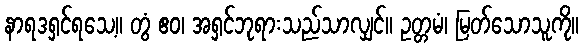
နာရဒရှင်ရသေ့။ တွံ ဧဝ၊ အရှင်ဘုရားသည်သာလျှင်။ ဥတ္တမံ၊ မြတ်သောသူကို။